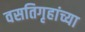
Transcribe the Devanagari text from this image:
वसतिगृहांच्या